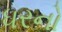
ધરનો